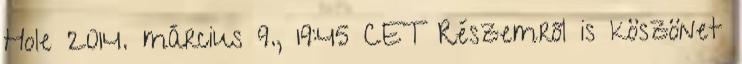
Hole 2014. március 9., 19:45 CET Részemről is köszönet